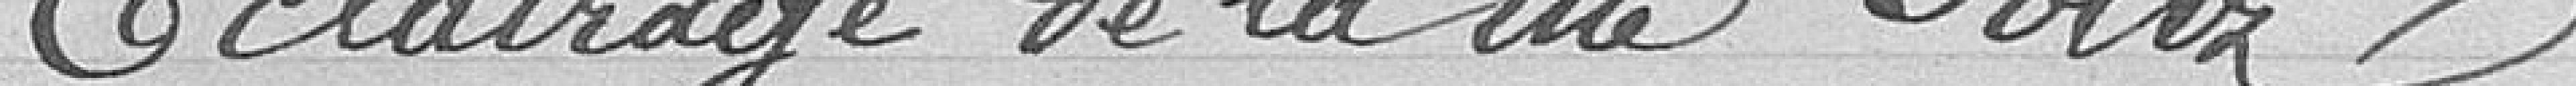
Éclairage de la rue Foltz